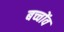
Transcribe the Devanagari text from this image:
बच्चोंव